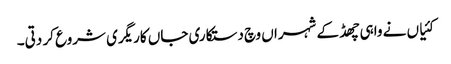
کئیاں نے واہی چھڈ کے شہراں وچ دستکاری جاں کاریگری شروع کر دتی۔